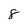
Character: 8